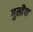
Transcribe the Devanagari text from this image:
गुस्तैफ